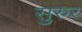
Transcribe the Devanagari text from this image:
सुरुर